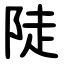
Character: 陡